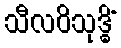
သီလဝိသုဒ္ဓိံ